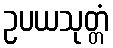
ဥပယသုတ္တံ